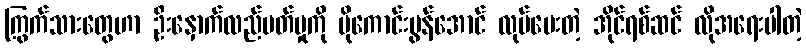
ကြွက်သားတွေဟာ ဦးနှောက်လည်ပတ်မှုကို ပိုကောင်းမွန်အောင် လုပ်ပေးတဲ့ အိုင်ရစ်ဆင် လိုအရေးပါတဲ့